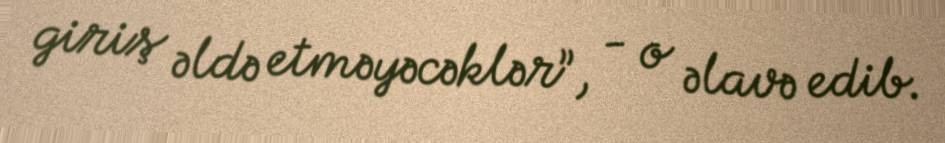
giriş əldə etməyəcəklər”, - o əlavə edib.